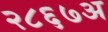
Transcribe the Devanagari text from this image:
२८६७अ